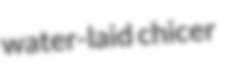
water-laid chicer